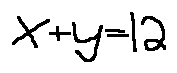
x + y = 1 2